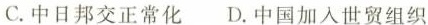
C 中日邦交正常化 D. 中国加入世贸组织